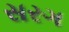
સરગ